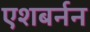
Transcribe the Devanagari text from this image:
एशबर्नन